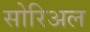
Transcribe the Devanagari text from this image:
सोरिअल